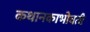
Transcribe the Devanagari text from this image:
कथानकाभोवती